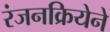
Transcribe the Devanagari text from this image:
रंजनक्रियेने